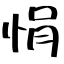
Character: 悁